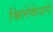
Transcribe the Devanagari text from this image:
बिलेकेदगे